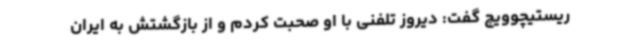
ریستیچوویچ گفت: دیروز تلفنی با او صحبت کردم و از بازگشتش به ایران